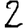
Digit: 2